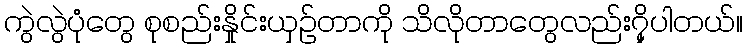
ကွဲလွဲပုံတွေ စုစည်းနှိုင်းယှဉ်တာကို သိလိုတာတွေလည်း၇ှိပါတယ်။